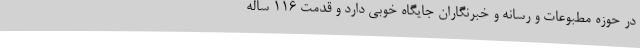
در حوزه مطبوعات و رسانه و خبرنگاران جایگاه خوبی دارد و قدمت 116 ساله